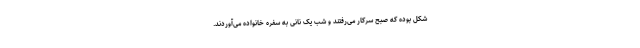
شکل بوده که صبح سرکار می‌رفتند و شب یک نانی به سفره خانواده می‌آوردند.